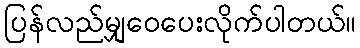
ပြန်လည်မျှဝေပေးလိုက်ပါတယ်။